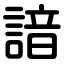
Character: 諳